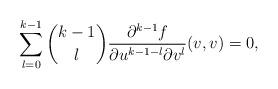
LaTeX: \begin{align*} \sum_{l=0}^{k-1}\binom{k-1}{l}\frac{\partial^{k-1}f}{\partial u^{k-1-l}\partial v^l}(v,v)=0,\end{align*}